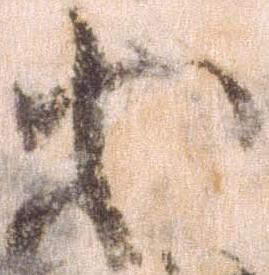
等